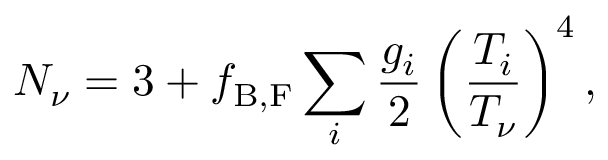
N _ { \nu } = 3 + f _ { \mathrm { B , F } } \sum _ { i } \frac { g _ { i } } { 2 } \left( \frac { T _ { i } } { T _ { \nu } } \right) ^ { 4 } ,